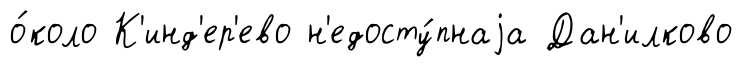
о́коло К'инд'ер'ево н'едосту́пнаjа Дан'илково